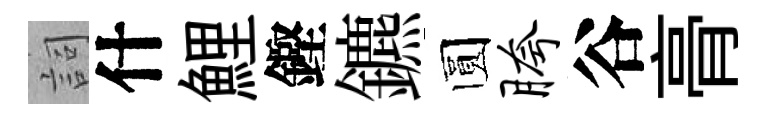
詞什鯉鏗鑣圆胯谷𮌔